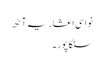
نواسی اعشاریہ آٹھ
سنگاپور ۔